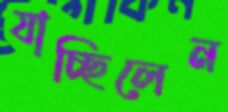
যাচ্ছিলেন